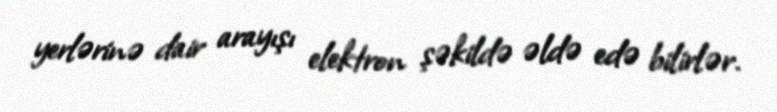
yerlərinə dair arayışı elektron şəkildə əldə edə bilirlər.